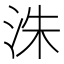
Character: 洙